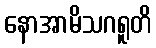
နောအာမိသဂရူတိ